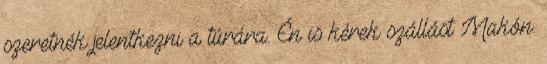
szeretnék jelentkezni a túrára. Én is kérek szállást Makón.